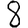
Digit: 8